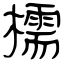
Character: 檽